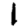
Digit: 1